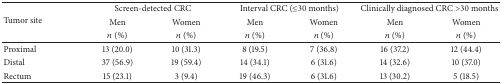
<table><thead><tr><td rowspan="3"><b>Tumor site</b></td><td colspan="2"><b>Screen-detected CRC</b></td><td colspan="2"><b>Interval CRC (≤30 months) </b></td><td colspan="2"><b>Clinically diagnosed CRC &gt;30 months </b></td></tr><tr><td><b>Men </b></td><td><b>Women </b></td><td><b>Men </b></td><td><b>Women</b></td><td><b>Men </b></td><td><b>Women </b></td></tr><tr><td><b><i>n</i> (%)</b></td><td><b><i>n</i> (%)</b></td><td><b><i>n</i> (%)</b></td><td><b><i>n</i> (%)</b></td><td><b><i>n</i> (%)</b></td><td><b><i>n</i> (%)</b></td></tr></thead><tbody><tr><td>Proximal</td><td>13 (20.0)</td><td>10 (31.3)</td><td> 8 (19.5) </td><td>7 (36.8)</td><td>16 (37.2) </td><td>12 (44.4)</td></tr><tr><td>Distal</td><td>37 (56.9)</td><td>19 (59.4)</td><td>14 (34.1)</td><td>6 (31.6)</td><td>14 (32.6)</td><td>10 (37.0)</td></tr><tr><td>Rectum</td><td>15 (23.1)</td><td>3 (9.4)</td><td>19 (46.3) </td><td>6 (31.6)</td><td>13 (30.2) </td><td> 5 (18.5)</td></tr></tbody></table>